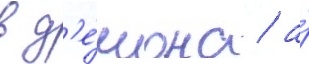
в д'е́мона / а́